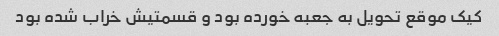
کیک موقع تحویل به جعبه خورده بود و قسمتیش خراب شده بود